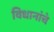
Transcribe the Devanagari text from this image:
विधानांचे